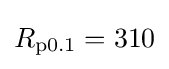
R_{\text{p0.1}}=310